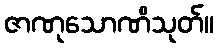
ဇာဏုသောဏိသုတ်။